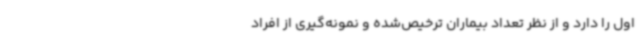
اول را دارد و از نظر تعداد بیماران ترخیص‌شده و نمونه‌گیری از افراد